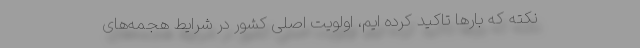
نکته که بار‌ها تاکید کرده ایم، اولویت اصلی کشور در شرایط هجمه‌های